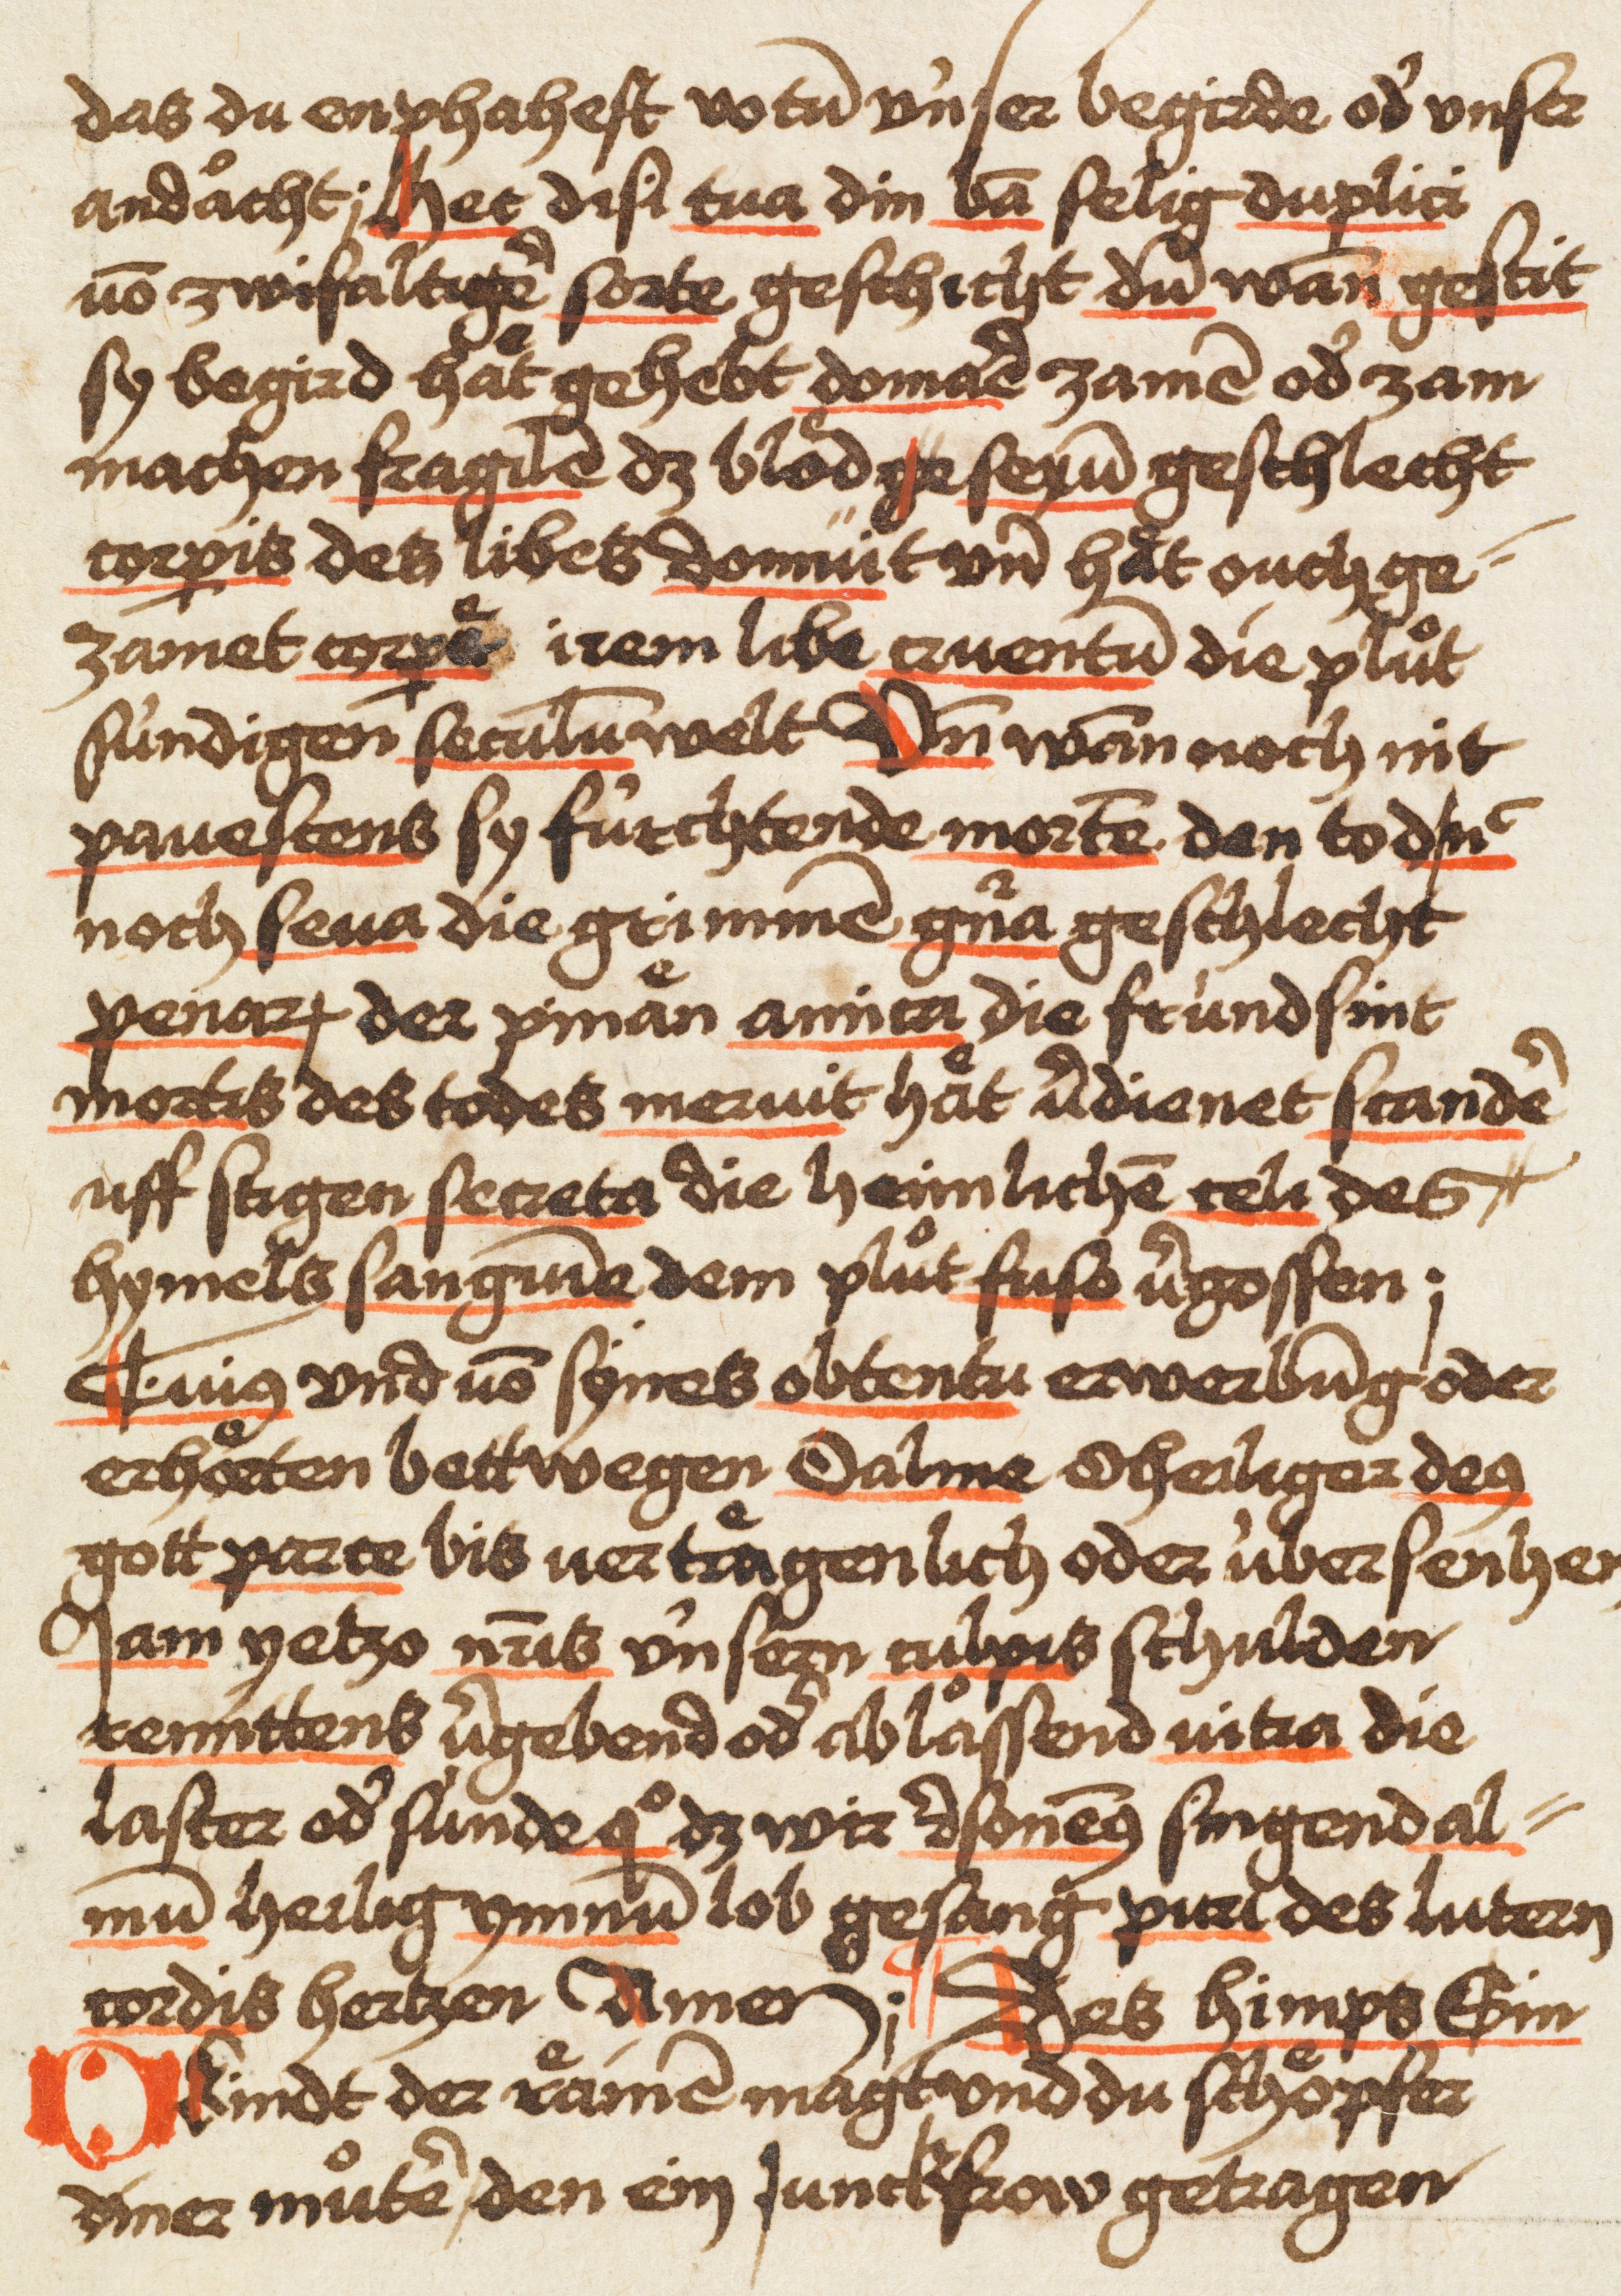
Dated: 1480–1480